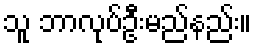
သူ ဘာလုပ်ဦးမည်နည်း။